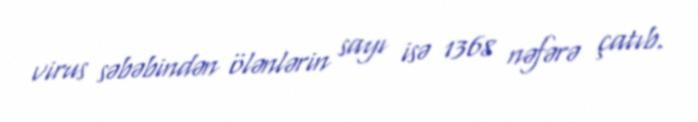
virus səbəbindən ölənlərin sayı isə 1368 nəfərə çatıb.